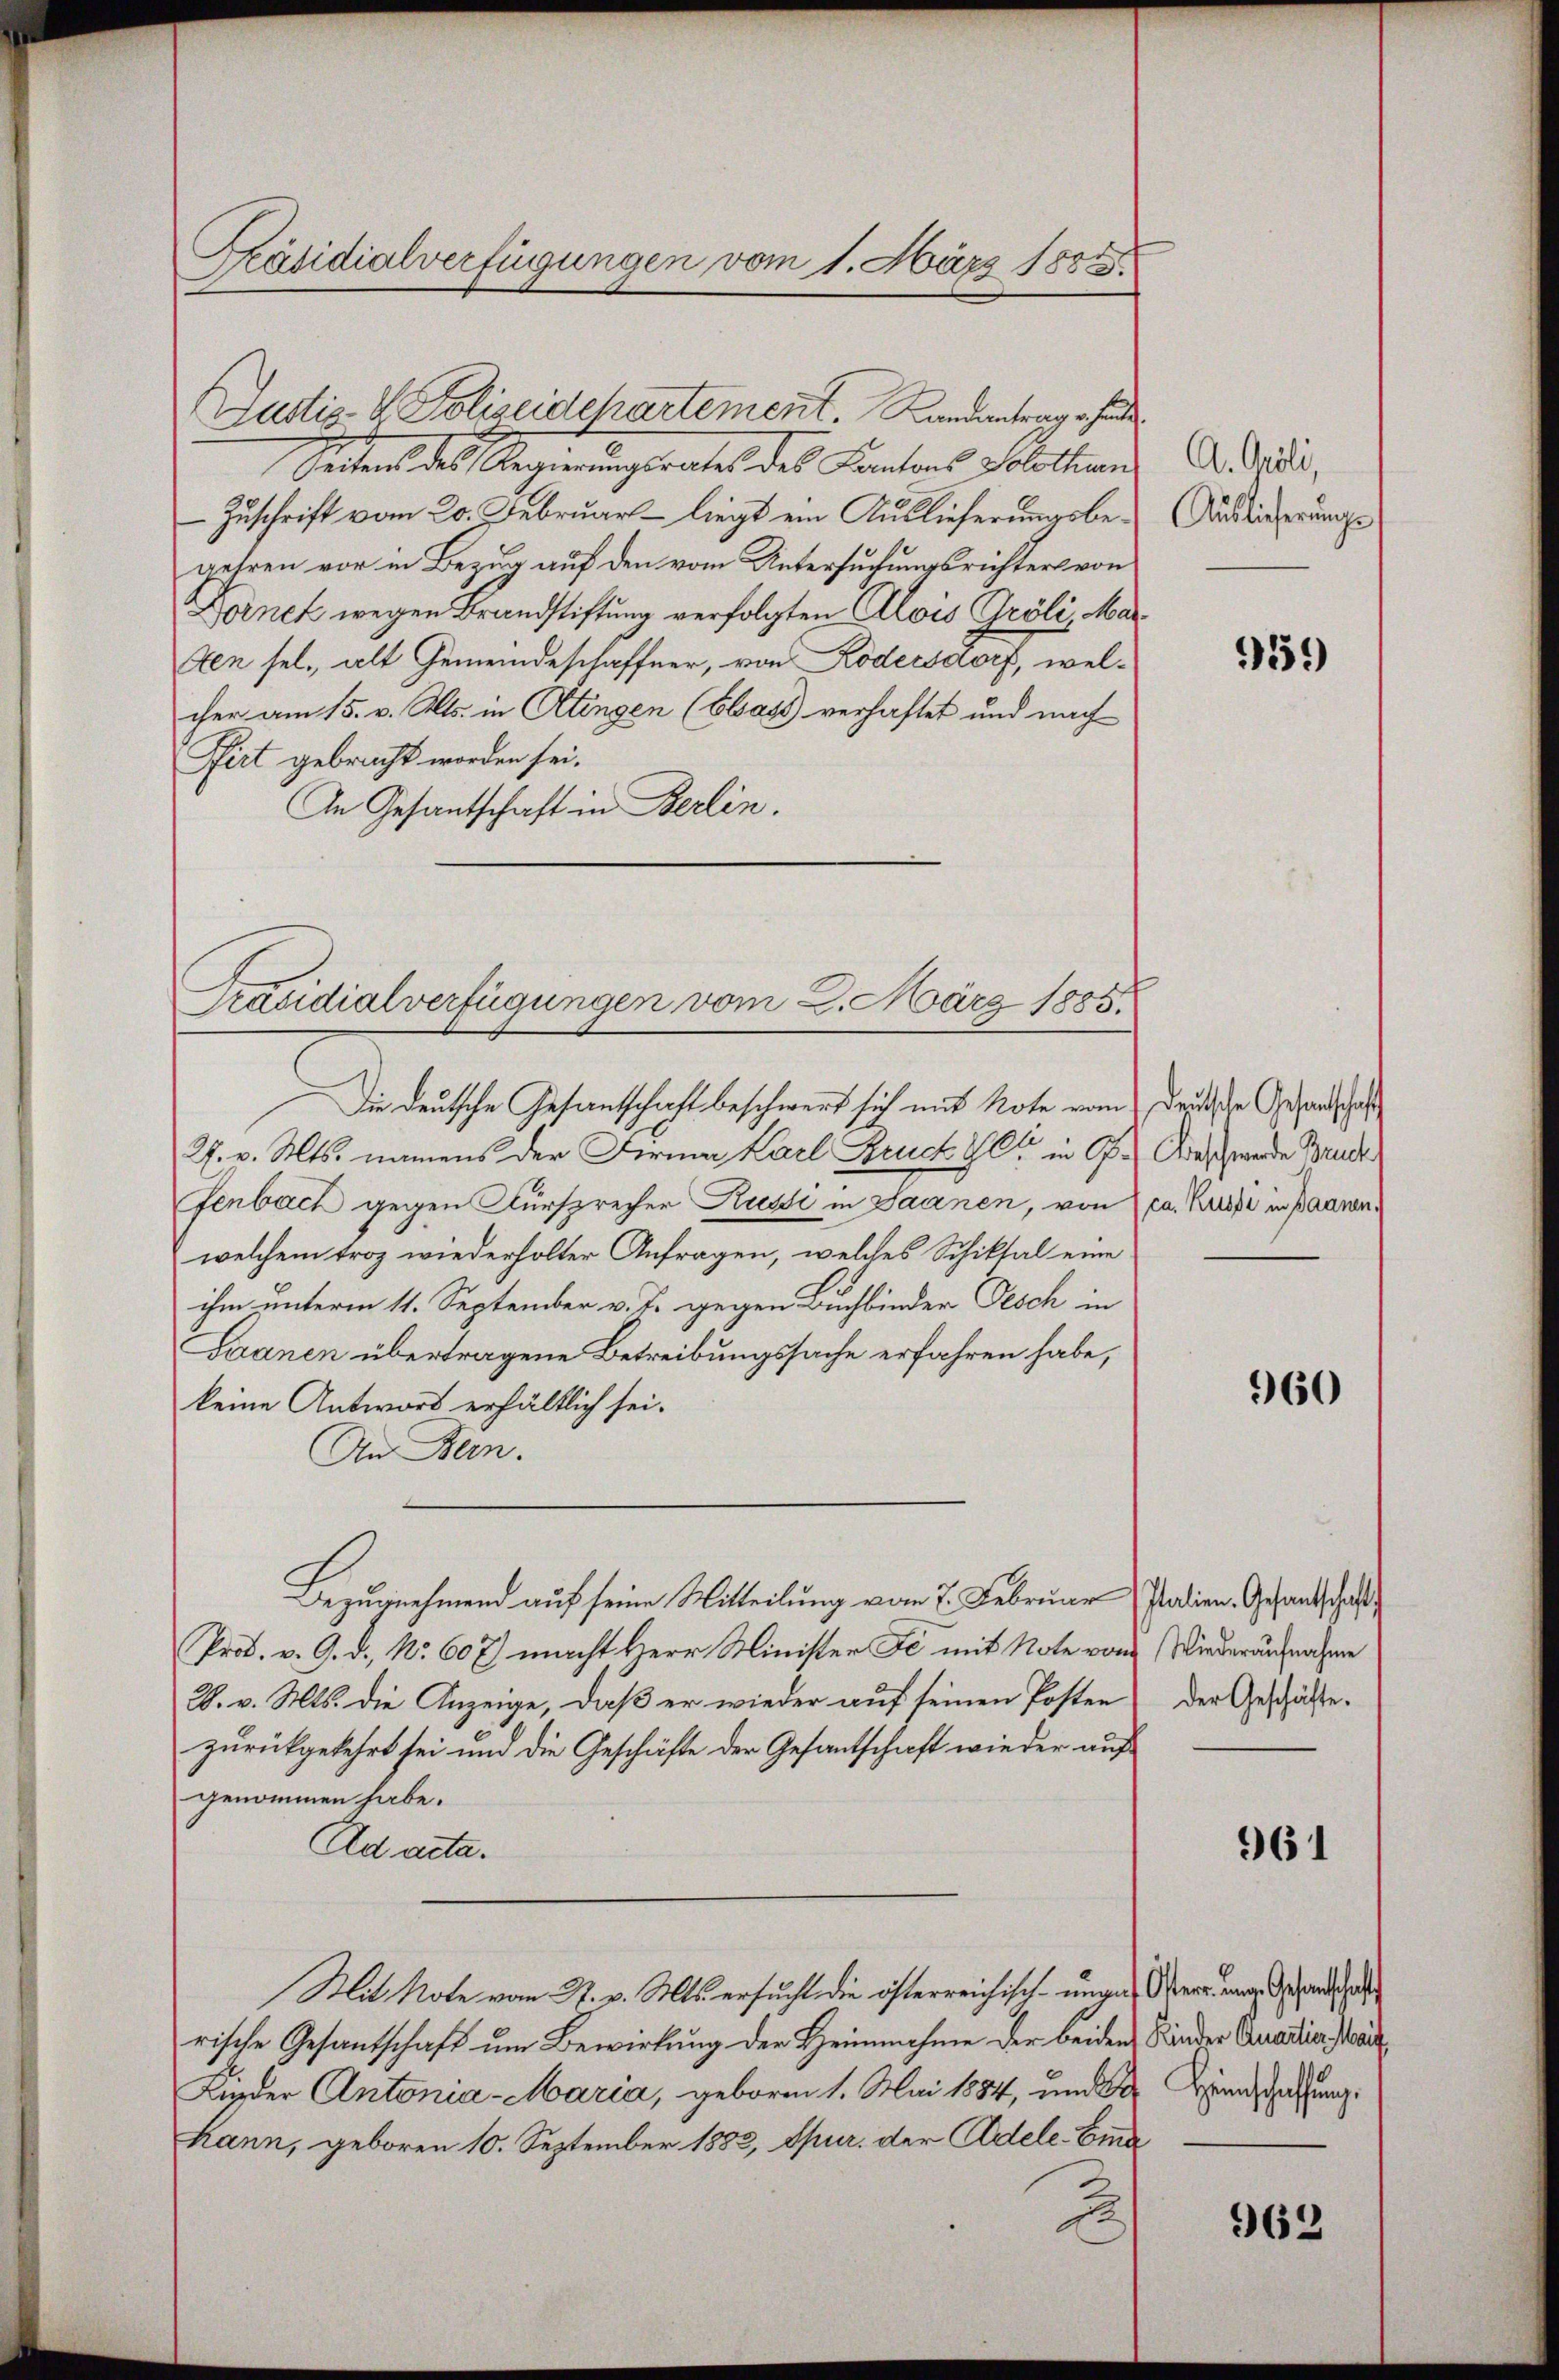
Präsidialverfügungen vom 1. März 1858.

Seiter des Regierungsrates des Kantons Polition
Zuschrift vom 20. Februar – liegt ein Auslieferungsbegehren vor in Bezug auf den vom Untersuchungsrichters von
Dornet wegen Brandstiftung verfolgten Alois Gröli, Marten sel., alt Gemeindeschaffner, von Ködersdorf, welcher am 15. v. Mts. in Utingen (Elast verhaftet und nach
Pirt gebracht worden sei.
An Gesantschaft in Berlin.
27. v. Mts. namens der Firma Karl Bruch Gl. in P. Aeschwerden Bruch
fenbach gegen Fürsprecher Russi in Saanen, von ca. Russi in Baarenwelchem troz wiederholter Anfragen, welches Schiktal eine
ihm unterm 11. September v. J. gegen Buchbinder Desch in
Saanen übertragene Betreibungssache erfahren habe,
keine Antwort erhältlich sei.
An Bern.
Bezugnehmend auf seine Mitteilung vom 7. Februar Patien, Gesandschaft
Prod. v. 9. d. Nr. 607) macht Herr Minister Fe mit Note von Wiederaufnahme
28. v. Mts. die Anzeige, daß er wieder auf seinen Posten der Geschäftezurückgekehrt sei und die Geschäfte der Gesantschaft wieder aufgenommen habe.
Ad acta.
Mit Note vom 27. v. Mts. ersucht, die österreichisch- ungen Wer und Gesandtscha
rische Gesandschaft um Bewirkung der Heinnahme der beiden Kinder Quadria Prach¬
Kinder Antonia-Maria, geboren 1. Mai 1884, und der Hundschaftung
kann, geboren 10. September 1883, Spur. der Adele-Eindr
2

Justiz V. Polizeidchartement. Landantrag erhande

Präsidialverfügungen vom 2. März 1885.

Die deutsche Gesandtschaft beschwert sich mit Note vom Deutsche Gesandtschaft

A. Gröli,
Auslieferungs

959

960

961

962